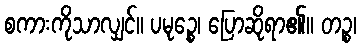
စကားကိုသာလျှင်။ ပမုဉ္စေ၊ ပြောဆိုရာ၏။ တဉ္စ၊